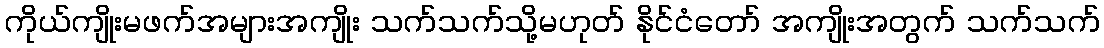
ကိုယ်ကျိုးမဖက်အများအကျိုး သက်သက်သို့မဟုတ် နိုင်ငံတော် အကျိုးအတွက် သက်သက်